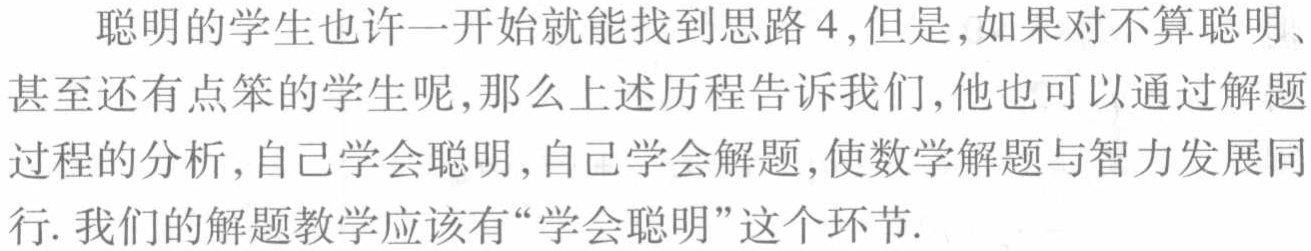
聪明的学生也许一开始就能找到思路4,但是,如果对不算聪明、甚至还有点笨的学生呢,那么上述历程告诉我们,他也可以通过解题过程的分析,自己学会聪明,自己学会解题,使数学解题与智力发展同行. 我们的解题教学应该有“学会聪明”这个环节.